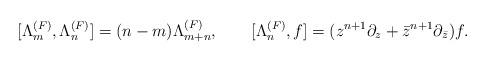
LaTeX: \begin{align*}[\Lambda_m^{(F)},\Lambda_n^{(F)}]=(n-m)\Lambda_{m+n}^{(F)}, \qquad [\Lambda_n^{(F)},f]=(z^{n+1}\partial_z+{\bar z}^{n+1}\partial_{\bar z})f. \end{align*}